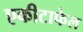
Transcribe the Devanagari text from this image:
एकीटाफेल